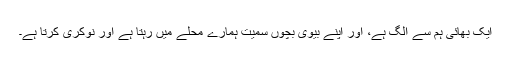
ایک بھائی ہم سے الگ ہے، اور اپنے بیوی بچوں سمیت ہمارے محلے میں رہتا ہے اور نوکری کرتا ہے۔